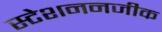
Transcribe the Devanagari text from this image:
स्टेशननजीक